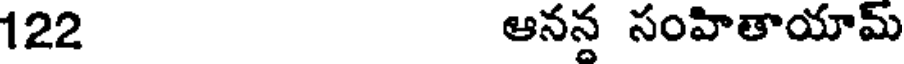
122 ఆనన సంహితాయామ్